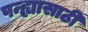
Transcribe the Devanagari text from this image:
पन्ह्यासाठी